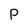
Character: p